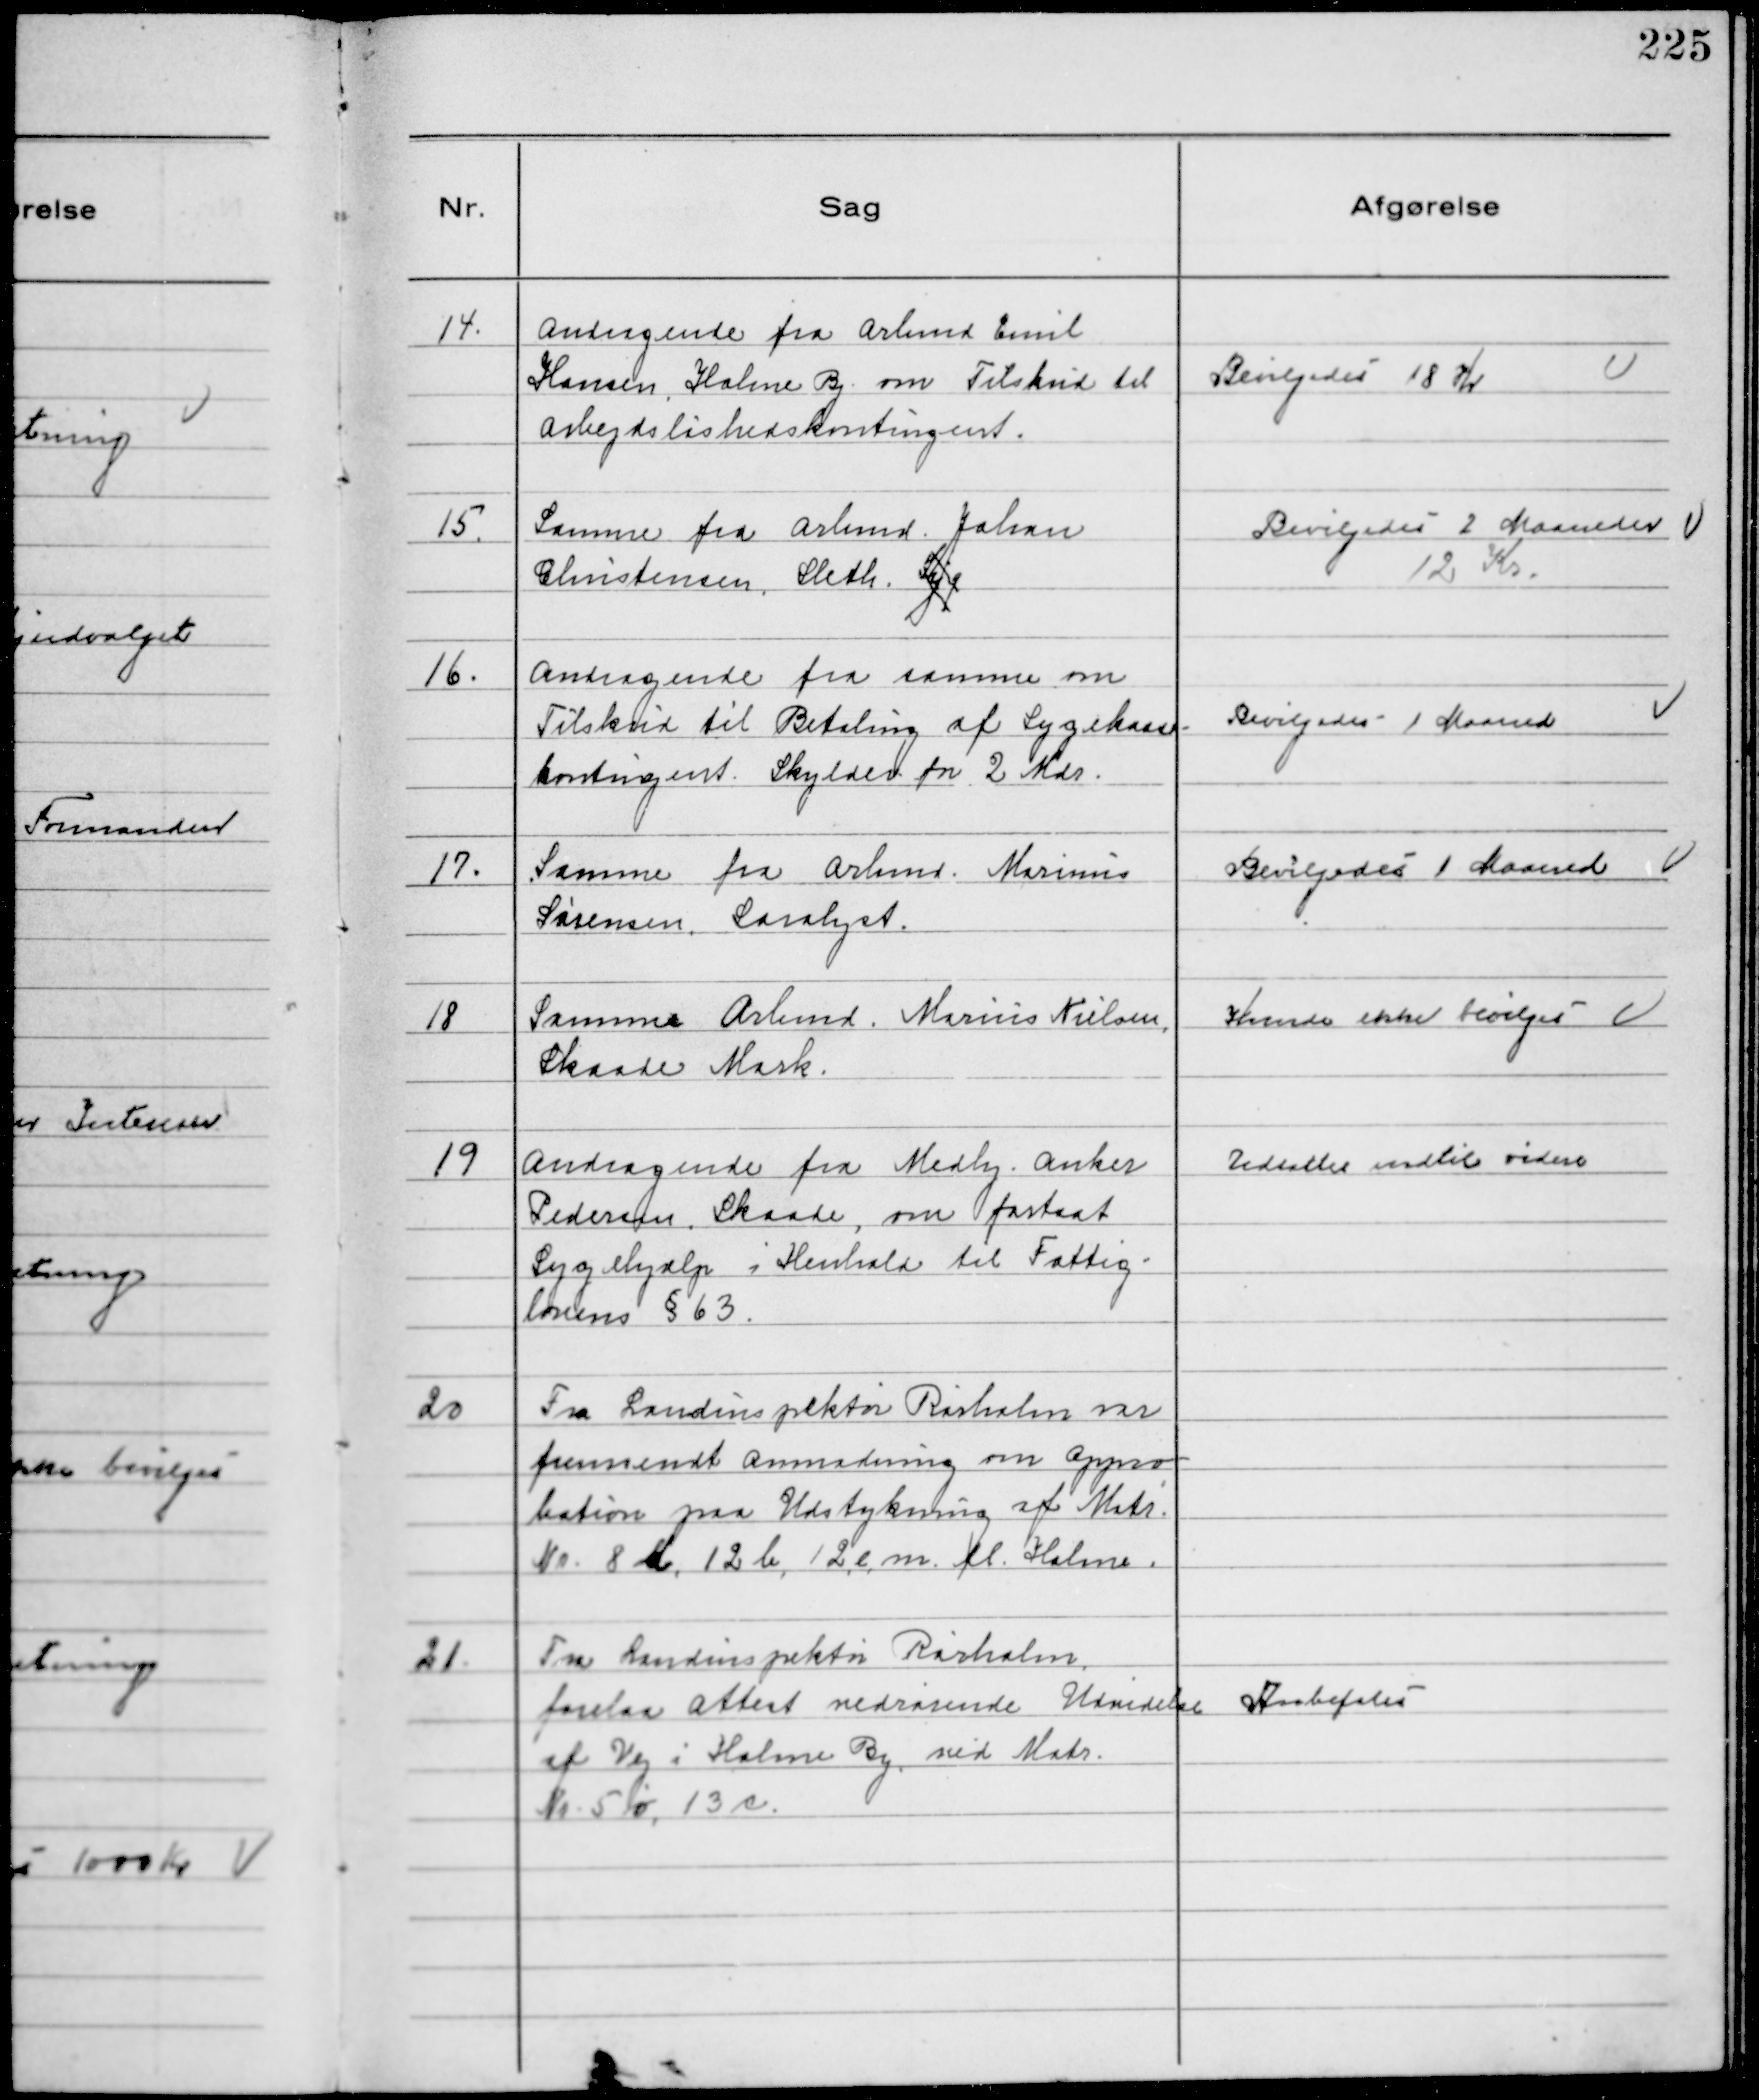
Transskription:
14.
Andragende fra Arbmd Emil
Hansen, Holme By om Tilskud til
Arbejdsløshedskontingent.

Bevilgedes 18 Kr

15.
Samme fra Arbmd. Johan
Christensen, Sleth. Syg

Bevilgedes 2 Maaneder
12 Kr.

16.
Andragende fra samme om
Tilskud til Betaling af Sygekasse-
kontingent. Skylder for 2 Mdr.

Bevilgedes 1 Maaned

17.
Samme fra Arbmd. Marinus
Sørensen, Saralyst.

Bevilgedes 1 Maaned

18
Samme Arbmd. Marius Nielsen,
Skaade Mark.

Kunde ikke bevilges

19
Andragende fra Medhj. Anker
Pedersen, Skaade, om fortsat
Sygehjælp i Henhold til Fattig-
lovens § 63.

Udsattes indtil videre

20
Fra Landinspektør Rørholm var
fremsendt Anmodning om Appro
bation paa Udstykning af Matr.
№8 a, 12 b, 12 c, m. fl. Holme.

21.
Fra Landinspektør Rørholm
forelaa Attest vedrørende Udvidelse
af Vej i Holme By, ved Matr.
№ 5 o, 13 c.

Anbefales